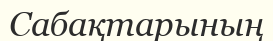
Сабақтарының